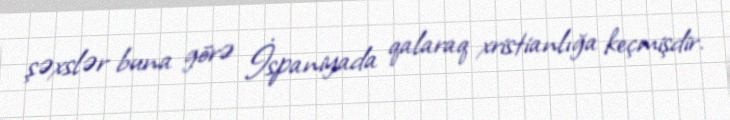
şəxslər buna görə İspaniyada qalaraq xristianlığa keçmişdir.